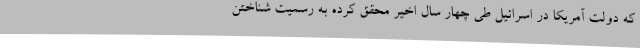
که دولت آمریکا در اسرائیل طی چهار سال اخیر محقق کرده به رسمیت شناختن